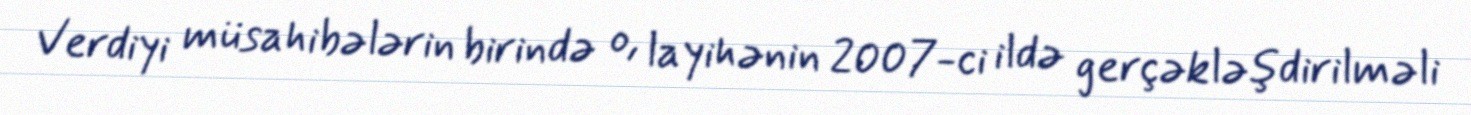
Verdiyi müsahibələrin birində o, layihənin 2007-ci ildə gerçəkləşdirilməli